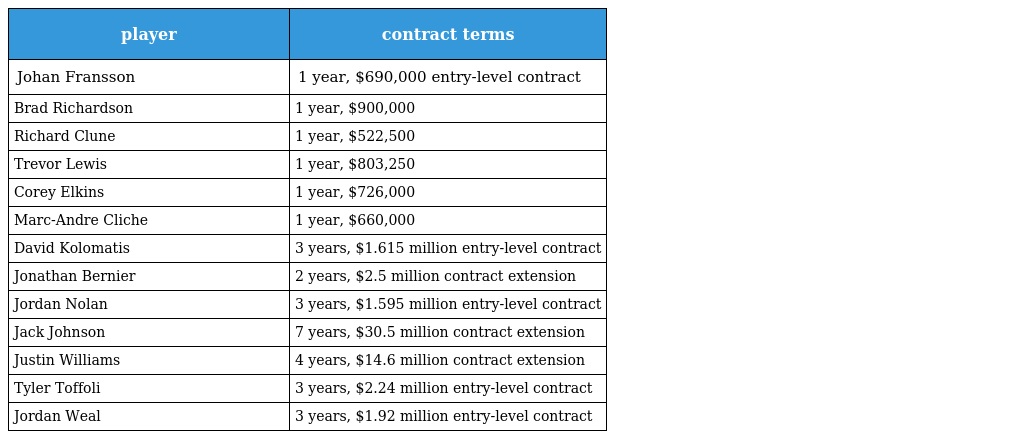
| player | contract terms |
 | --- | --- |
 | Johan Fransson | 1 year, $690,000 entry-level contract |
 | Brad Richardson | 1 year, $900,000 |
 | Richard Clune | 1 year, $522,500 |
 | Trevor Lewis | 1 year, $803,250 |
 | Corey Elkins | 1 year, $726,000 |
 | Marc-Andre Cliche | 1 year, $660,000 |
 | David Kolomatis | 3 years, $1.615 million entry-level contract |
 | Jonathan Bernier | 2 years, $2.5 million contract extension |
 | Jordan Nolan | 3 years, $1.595 million entry-level contract |
 | Jack Johnson | 7 years, $30.5 million contract extension |
 | Justin Williams | 4 years, $14.6 million contract extension |
 | Tyler Toffoli | 3 years, $2.24 million entry-level contract |
 | Jordan Weal | 3 years, $1.92 million entry-level contract |